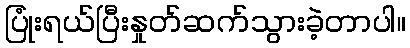
ပြုံးရယ်ပြီးနှုတ်ဆက်သွားခဲ့တာပါ။